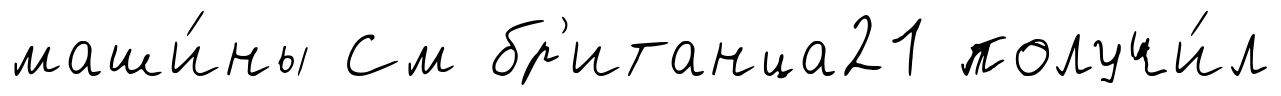
маши́ны См бр'итанца21 получи́л